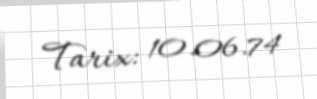
Tarix: 10.06.74